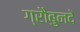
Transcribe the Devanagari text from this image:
ग्रौबुनदें